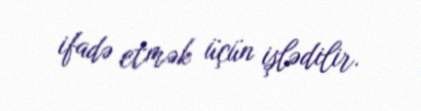
ifadə etmək üçün işlədilir.